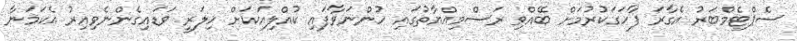
ސެޕްޓެމްބަރު އެގާރަ ފާހަގަކުރުމަށް ބޭއްވި ރަސްމިއްޔާތުގައި ހުންނަވާފައި ކުއްލިއަކަށް ހިލަރީ ވަޑައިގެންނެވިއިރު އެކަމަނާ